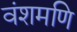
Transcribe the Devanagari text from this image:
वंशमणि